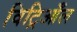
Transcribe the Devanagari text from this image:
विट्रिआँल